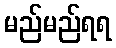
မည်မည်ရရ